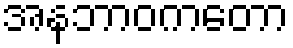
အနဘာဝကတော